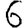
Digit: 6